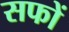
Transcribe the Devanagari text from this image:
सफों